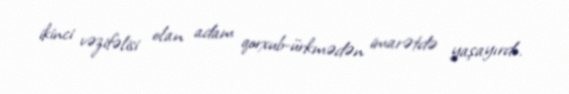
ikinci vəzifəlisi olan adam qorxub-ürkmədən imarətdə yaşayırdı.